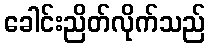
ခေါင်းညိတ်လိုက်သည်